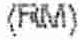
(RM)